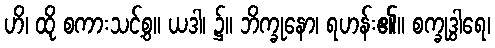
ဟိ၊ ထို စကားသင့်စွ။ ယဒါ၊ ၌။ ဘိက္ခုနော၊ ရဟန်း၏။ စက္ခုဒွါရေ၊